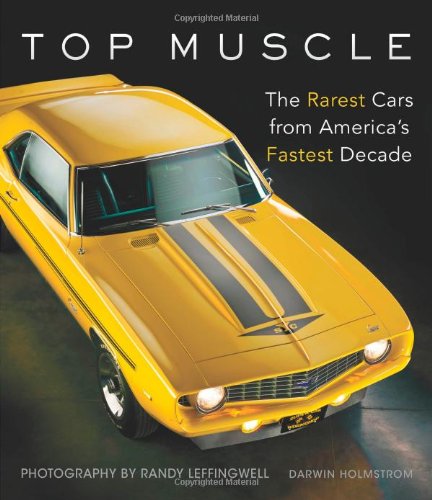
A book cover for Top Muscle: The Rarest Cars from America's Fastest Decade; Darwin Holmstrom; Engineering & Transportation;